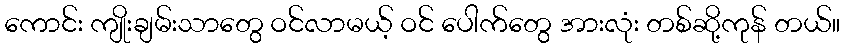
ကောင်း ကျိုးချမ်းသာတွေ ဝင်လာမယ့် ဝင် ပေါက်တွေ အားလုံး တစ်ဆို့ကုန် တယ်။